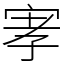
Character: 宯